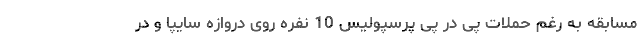
مسابقه به رغم حملات پی در پی پرسپولیس 10 نفره روی دروازه سایپا و در